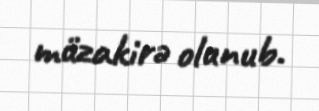
müzakirə olunub.